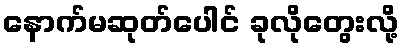
နောက်မဆုတ်ပေါင် ခုလိုတွေးလို့